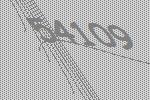
54109